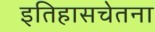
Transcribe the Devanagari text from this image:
इतिहासचेतना